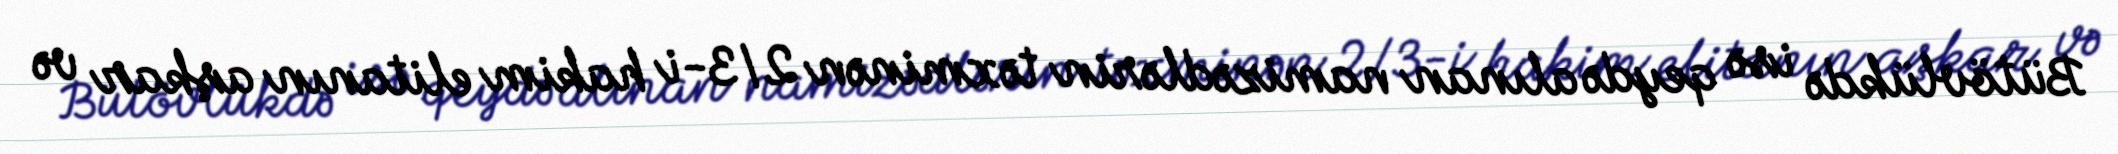
Bütövlükdə isə qeydə alınan namizədlərin təxminən 2/3-i hakim elitanın aşkar və